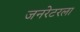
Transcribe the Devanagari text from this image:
जनरेटरला